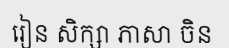
រៀន សិក្សា ភាសា ចិន